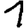
Digit: 1